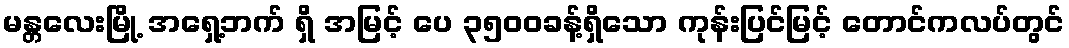
မန္တလေးမြို့ အရှေ့ဘက် ရှိ အမြင့် ပေ ၃၅၀၀ခန့်ရှိသော ကုန်းပြင်မြင့် တောင်ကလပ်တွင်